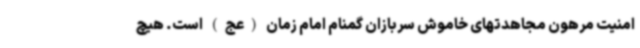
امنیت مرهون مجاهدتهای خاموش سربازان گمنام امام زمان (عج) است. هیچ